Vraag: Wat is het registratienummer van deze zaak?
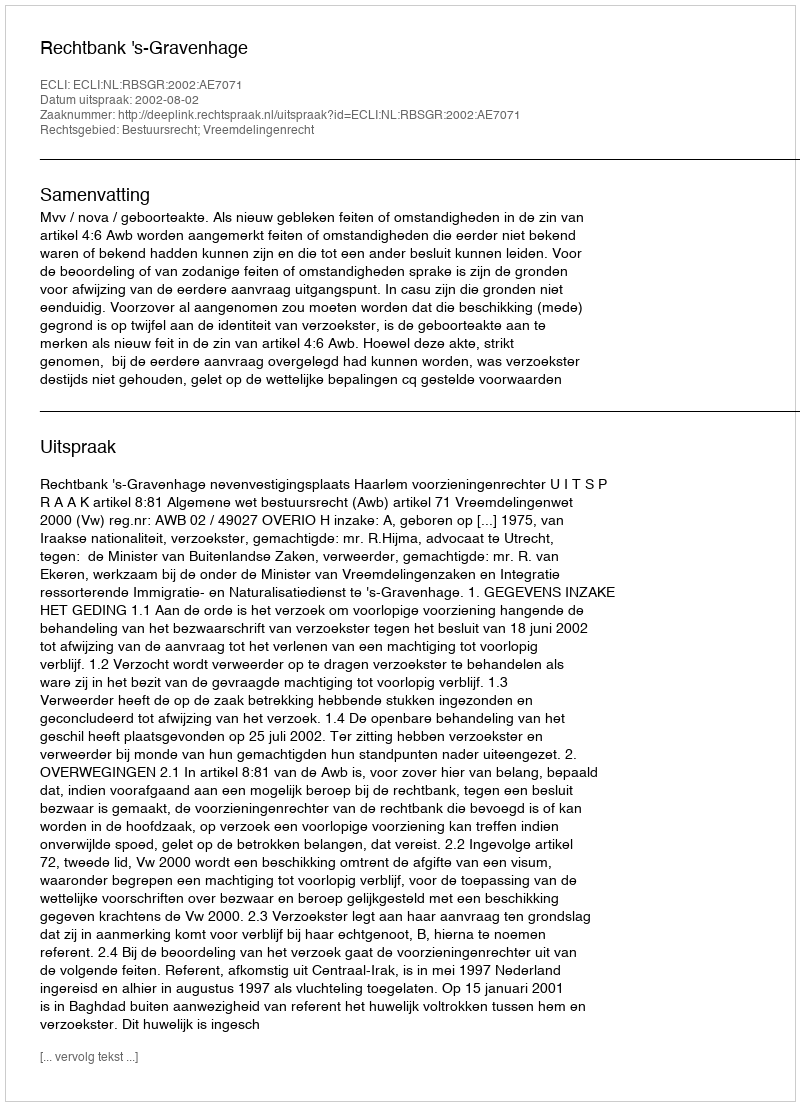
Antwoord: http://deeplink.rechtspraak.nl/uitspraak?id=ECLI:NL:RBSGR:2002:AE7071